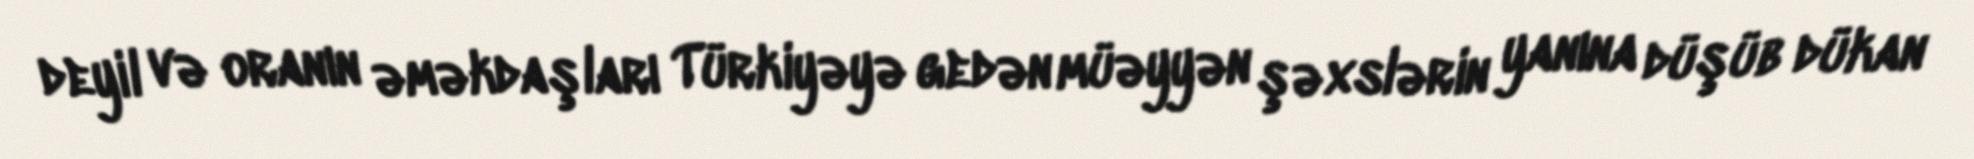
deyil və oranın əməkdaşları Türkiyəyə gedən müəyyən şəxslərin yanına düşüb dükan